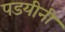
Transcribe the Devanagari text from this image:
पडयीनी